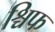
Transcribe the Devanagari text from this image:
श्चिफ